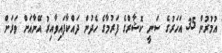
އުމުރުން 35 އަހަރުގެ ސަނީ ކޮޝާރްގެ ފަރުމާގެ ހެދުން ދައްކާފައިވާއިރު އޭނާއަށް ވަރަށް